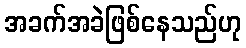
အခက်အခဲဖြစ်နေသည်ဟု